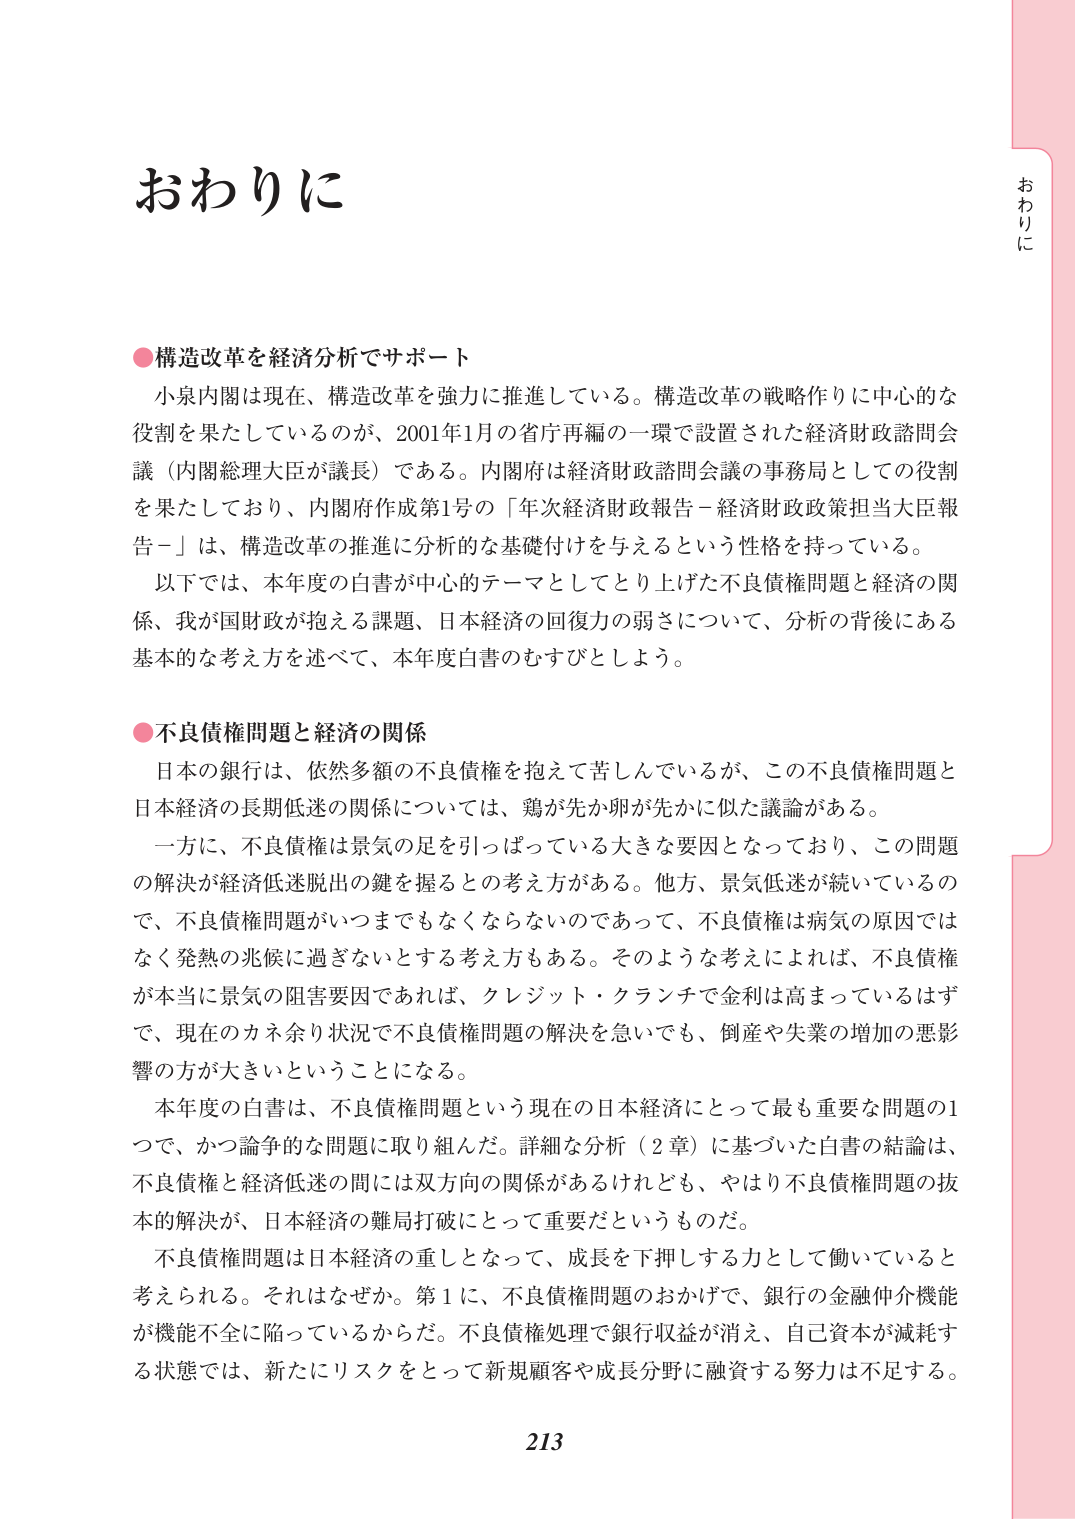
おわりに

●構造改革を経済分析でサポート
小泉内閣は現在、構造改革を強力に推進している。構造改革の戦略作りに中心的な
役割を果たしているのが、2001年1月の省庁再編の一環で設置された経済財政諮問会
議（内閣総理大臣が議長）である。内閣府は経済財政諮問会議の事務局としての役割
を果たしており、内閣府作成第1号の「年次経済財政報告－経済財政政策担当大臣報
告－」は、構造改革の推進に分析的な基礎付けを与えるという性格を持っている。
以下では、本年度の白書が中心的テーマとしてとり上げた不良債権問題と経済の関
係、我が国財政が抱える課題、日本経済の回復力の弱さについて、分析の背後にある
基本的な考え方を述べて、本年度白書のむすびとしよう。

●不良債権問題と経済の関係
日本の銀行は、依然多額の不良債権を抱えて苦しんでいるが、この不良債権問題と
日本経済の長期低迷の関係については、鶏が先か卵が先かに似た議論がある。
一方に、不良債権は景気の足を引っ張っている大きな要因となっており、この問題
の解決が経済低迷脱出の鍵を握るとの考え方がある。他方、景気低迷が続いているの
で、不良債権問題がいつまでもなくならないのであって、不良債権は病気の原因では
なく発熱の兆候に過ぎないとする考え方もある。そのような考えによれば、不良債権
が本当に景気の阻害要因であれば、クレジット・クランチで金利は高まっているはず
で、現在のカネ余り状況で不良債権問題の解決を急いでも、倒産や失業の増加の悪影
響の方が大きいということになる。
本年度の白書は、不良債権問題という現在の日本経済にとって最も重要な問題の1
つで、かつ論争的な問題に取り組んだ。詳細な分析（2章）に基づいた白書の結論は、
不良債権と経済低迷の間には双方向の関係があるけれども、やはり不良債権問題の抜
本的解決が、日本経済の難局打破にとって重要だというものだ。
不良債権問題は日本経済の重しとなって、成長を下押しする力として働いていると
考えられる。それはなぜか。第1に、不良債権問題のおかげで、銀行の金融仲介機能
が機能不全に陥っているからだ。不良債権処理で銀行収益が消え、自己資本が減耗す
る状態では、新たにリスクをとって新規顧客や成長分野に融資する努力は不足する。

213

おわりに